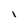
Character: I